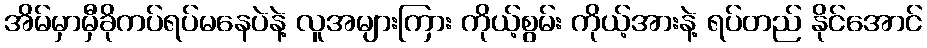
အိမ်မှာမှီခိုကပ်ရပ်မနေပဲနဲ့ လူအများကြား ကိုယ့်စွမ်း ကိုယ့်အားနဲ့ ရပ်တည် နိုင်အောင်